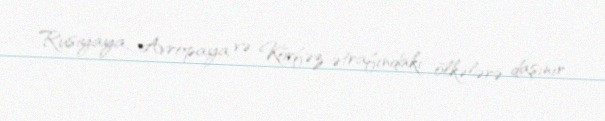
Rusiyaya, Avropaya və Körfəz ətrafındakı ölkələrə daşınır.